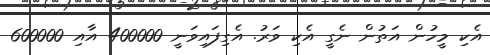
އެކި މީހުން އަތުން ނެގީ އެކި ވަރު. އެގިފައިވަނީ 400000 އާއި 600000